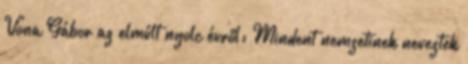
Vona Gábor az elmúlt nyolc évről: Mindent nemzetinek neveztek